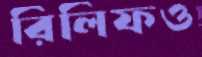
রিলিফও